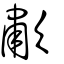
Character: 歗